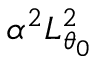
\alpha ^ { 2 } L _ { \theta _ { 0 } } ^ { 2 }